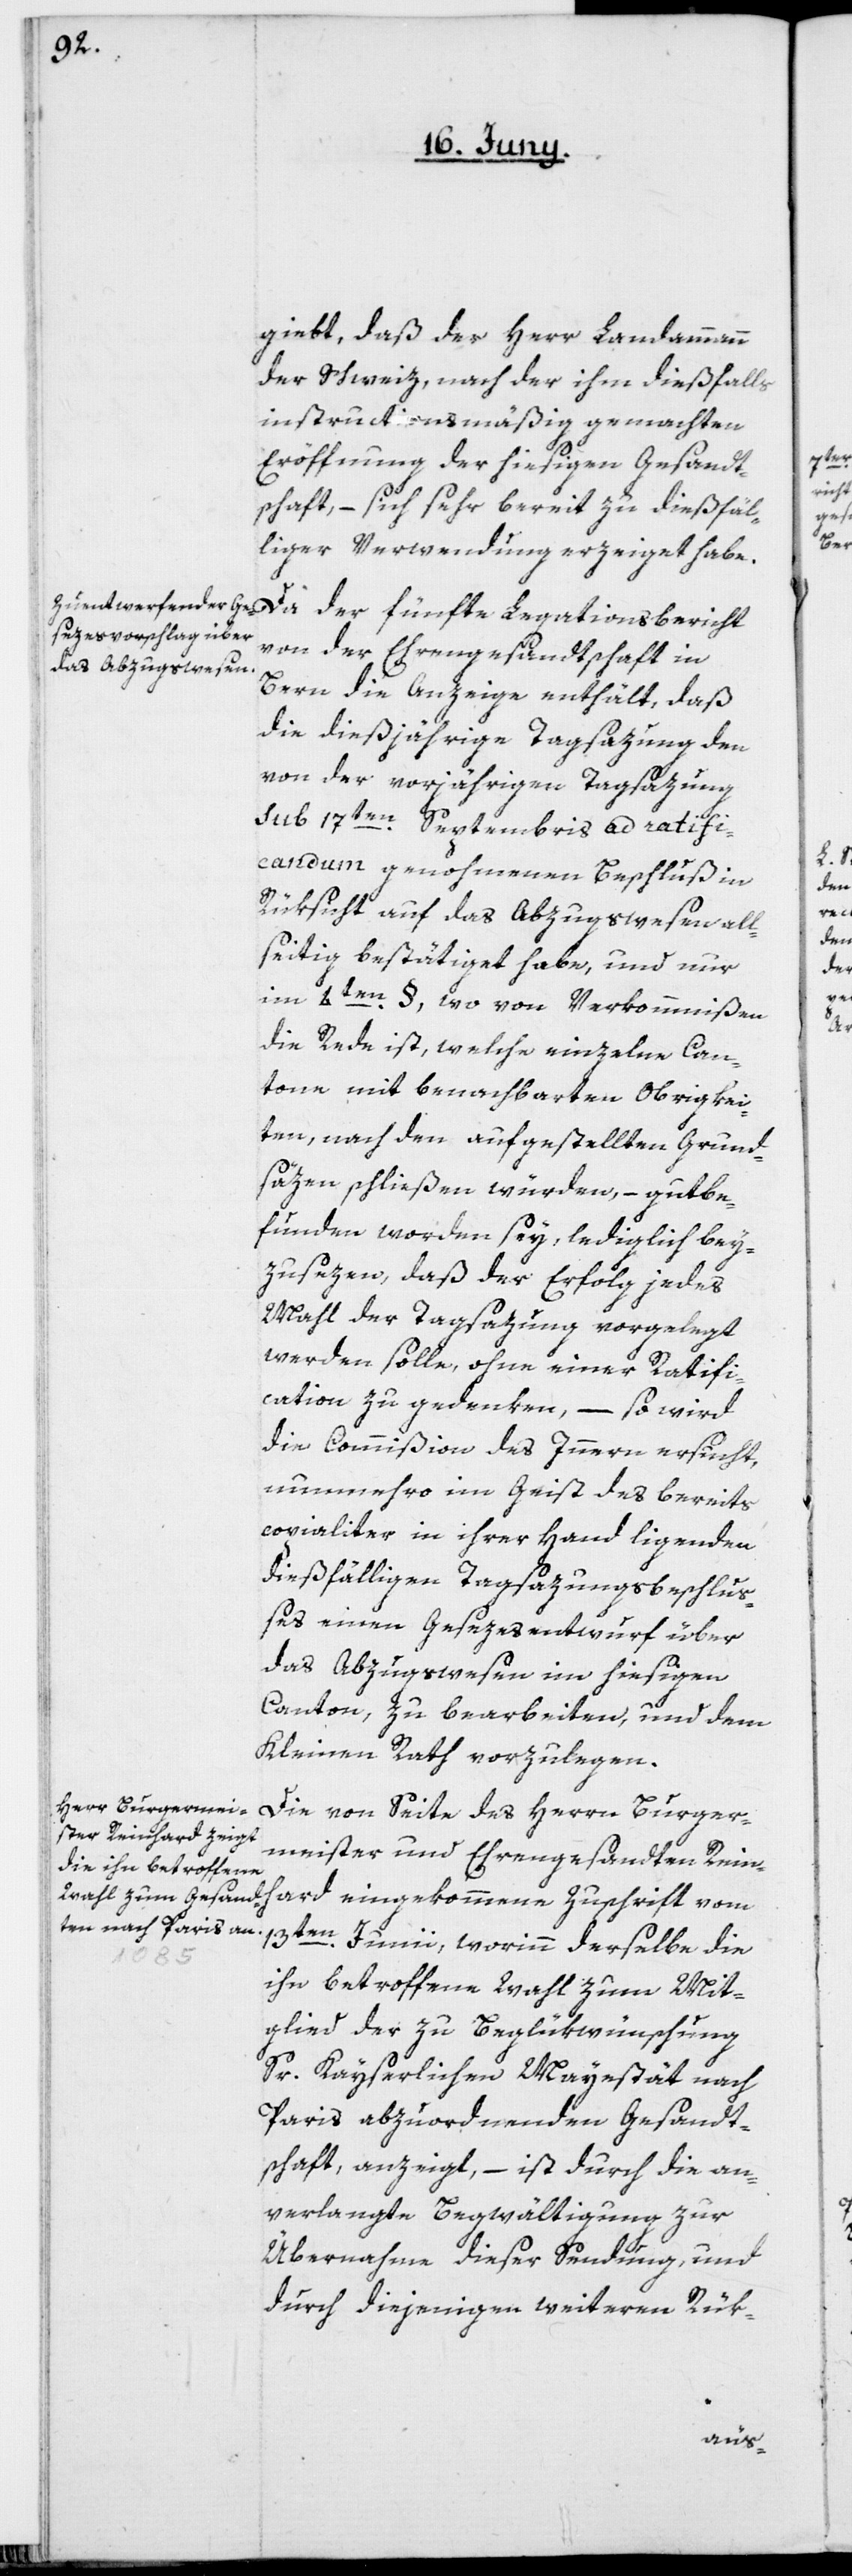
giebt, daß der Herr Landammann
der Schweiz, nach der ihm dießfalls
instructionsmäßig gemachten
Eröffnung der hiesigen Gesandt¬
schaft, – sich sehr bereit zu dießfäl¬
liger Verwendung erzeiget habe.
Da der fünfte Legationsbericht
von der Ehrengesandtschaft in
Bern die Anzeige enthält, daß
die dießjährige Tagsazung den
von der vorjährigen Tagsazung
sub 17ten Septembris ad ratifi¬
candum genohmenen Beschluß in
Rüksicht auf das Abzugswesen all¬
seitig bestätiget habe, und nur
im 4ten §, wo von Verkommnißen
die Rede ist, welche einzelne Can¬
tone mit benachbarten Obrigkei¬
ten, nach den aufgestellten Grund¬
säzen schließen würden, – gutbe¬
funden worden sey, lediglich bey¬
zusezen, daß der Erfolg jedes
Mahl der Tagsazung vorgelegt
werden solle, ohne einer Ratifi¬
cation zu gedenken, –
so wird
die Commißion des Innern ersucht,
nunmehro im Geist des bereits
copialiter in ihrer Hand ligenden
dießfälligen Tagsazungsbeschluß¬
es einen Gesezesentwurf über
das Abzugswesen im hiesigen
Canton, zu bearbeiten, und dem
Kleinen Rath vorzulegen.
Die von Seite des Herrn Burger¬
meister und Ehrengesandten Reinh¬
ard eingekommene Zuschrift vom
13ten Junii, worinn derselbe die
ihn betroffene Wahl zum Mit¬
glied der zu Beglükwünschung
Sr. Kayserlichen Mayestät nach
Paris abzuordnenden Gesandt¬
schaft, anzeigt, – ist durch die an¬
verlangte Begwältigung zur
Übernahme dieser Sendung und
durch diejenigen weiteren Rük-